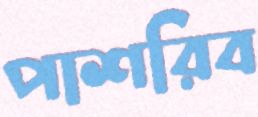
পাশরিব